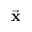
\vec { \bf x }